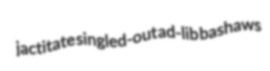
jactitate singled-out ad-lib bashaws